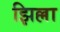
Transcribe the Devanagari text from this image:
झिल्ला